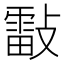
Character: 𣀀